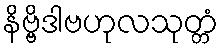
နိဗ္ဗိဒါဗဟုလသုတ္တံ